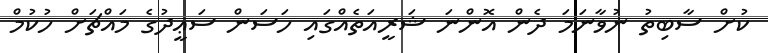
ކުށް ސާބިތު ނުވާނަމަ ދެން އޮންނަ ޝަރީއަތެއްގައި ހަސަން ސަޢީދުގެ މައްޗަށް ހުކުމް